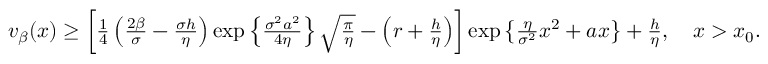
\begin{array} { r } { v _ { \beta } ( x ) \ge \left[ \frac { 1 } { 4 } \left( \frac { 2 \beta } { \sigma } - \frac { \sigma h } { \eta } \right) \exp \left\{ \frac { \sigma ^ { 2 } a ^ { 2 } } { 4 \eta } \right\} \sqrt { \frac { \pi } { \eta } } - \left( r + \frac { h } { \eta } \right) \right] \exp \left\{ \frac { \eta } { \sigma ^ { 2 } } x ^ { 2 } + a x \right\} + \frac { h } { \eta } , \quad x > x _ { 0 } . } \end{array}